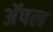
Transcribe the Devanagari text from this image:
अॅपल